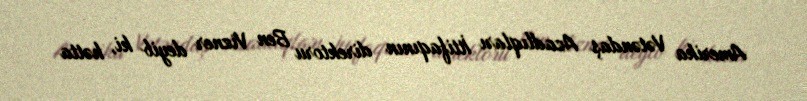
Amerika Vətəndaş Azadlıqları İttifaqının direktoru Ben Vizner deyib ki, hətta